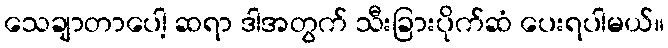
သေချာတာပေါ့ ဆရာ ဒါအတွက် သီးခြားပိုက်ဆံ ပေးရပါမယ်။